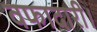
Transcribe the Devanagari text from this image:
वफादारी।